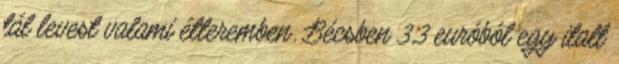
tál levest valami étteremben. Bécsben 3,3 euróból egy italt